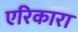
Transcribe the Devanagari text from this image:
एरिकारा